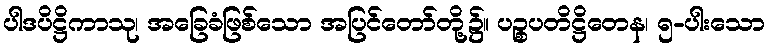
ပါဒပိဋ္ဌိကာသု၊ အခြေခံဖြစ်သော အပြင်တော်တို့၌။ ပဉ္စပတိဋ္ဌိတေန၊ ၅-ပါးသော